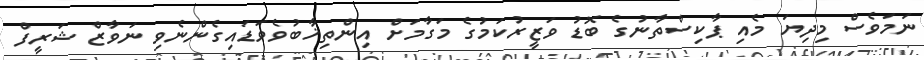
ނަމަވެސް މިދިޔަ މެއި ޕާކިސްތާނުގެ ބޮޑު ވަޒީރުކަމުގެ މަގާމަށް އިންތިޚާބުވެވަޑައިގެންނެވި ނަވާޒް ޝަރީފް